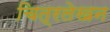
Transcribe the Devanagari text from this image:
चित्रलेखन